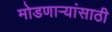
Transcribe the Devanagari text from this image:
मोडणाऱ्यांसाठी